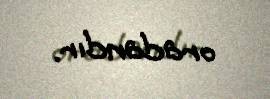
oradandır.